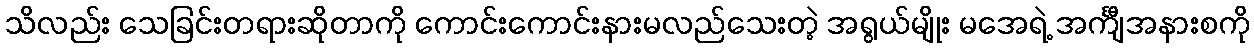
သိလည်း သေခြင်းတရားဆိုတာကို ကောင်းကောင်းနားမလည်သေးတဲ့ အရွယ်မျိုး မအေရဲ့ အင်္ကျီအနားစကို